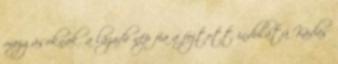
mozgásoknak. a lázadó nép fia a fojtott indulatú Kádas